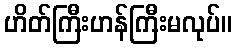
ဟိတ်ကြီးဟန်ကြီးမလုပ်။